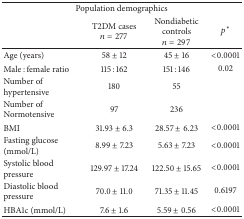
<table><thead><tr><td colspan="4"><b>Population demographics </b></td></tr><tr><td><b> </b></td><td><b>T2DM cases<i>n</i> = 277</b></td><td><b>Nondiabetic controls<i>n</i> = 297</b></td><td><b><i>p</i><sup><i>∗</i></sup></b></td></tr></thead><tbody><tr><td>Age (years)</td><td>58 ± 12</td><td>45 ± 16</td><td>&lt;0.0001</td></tr><tr><td>Male : female ratio</td><td>115 : 162</td><td>151 : 146</td><td>0.02</td></tr><tr><td>Number of hypertensive</td><td>180</td><td>55</td><td> </td></tr><tr><td>Number of Normotensive</td><td>97</td><td>236</td><td> </td></tr><tr><td>BMI</td><td>31.93 ± 6.3</td><td>28.57 ± 6.23</td><td>&lt;0.0001</td></tr><tr><td>Fasting glucose (mmol/L)</td><td>8.99 ± 7.23</td><td>5.63 ± 7.23</td><td>&lt;0.0001</td></tr><tr><td>Systolic blood pressure </td><td>129.97 ± 17.24</td><td>122.50 ± 15.65</td><td>&lt;0.0001</td></tr><tr><td>Diastolic blood pressure</td><td>70.0 ± 11.0</td><td>71.35 ± 11.45</td><td>0.6197</td></tr><tr><td>HBA1c (mmol/L)</td><td>7.6 ± 1.6</td><td>5.59 ± 0.56</td><td>&lt;0.0001</td></tr></tbody></table>